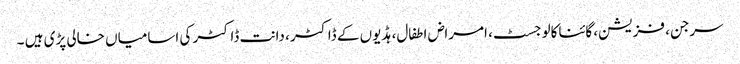
سرجن، فزیشن، گائناکالوجسٹ، امراض اطفال، ہڈیوں کے ڈاکٹر، دانت ڈاکٹر کی اسامیاں خالی پڑی ہیں ۔